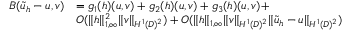
\begin{array} { r l } { B ( \tilde { u } _ { h } - u , v ) } & { = g _ { 1 } ( h ) ( u , v ) + g _ { 2 } ( h ) ( u , v ) + g _ { 3 } ( h ) ( u , v ) + } \\ & { O ( \| h \| _ { 1 , \infty } ^ { 2 } \| v \| _ { H ^ { 1 } ( D ) ^ { 2 } } ) + O ( \| h \| _ { 1 , \infty } \| v \| _ { H ^ { 1 } ( D ) ^ { 2 } } \| \tilde { u } _ { h } - u \| _ { H ^ { 1 } ( D ) ^ { 2 } } ) } \end{array}